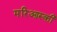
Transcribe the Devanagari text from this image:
मरिआस्की